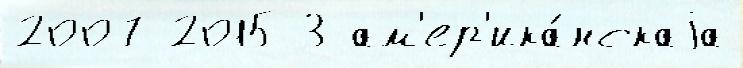
2007 2015 3 ам'ер'ика́нскаjа